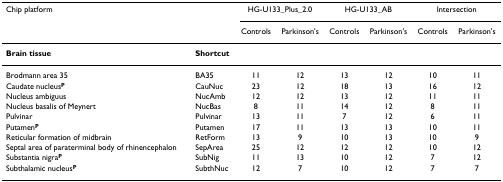
| <COLSPAN=2> Chip platform | <COLSPAN=2> HG-U133_Plus_2.0 | <COLSPAN=2> HG-U133_AB | <COLSPAN=2> Intersection |
 |  |  | Controls | Parkinson's | Controls | Parkinson's | Controls | Parkinson's |
 | --- | --- | --- | --- | --- | --- | --- | --- |
 | Brain tissue | Shortcut |  |  |  |  |  |  |
 | Brodmann area 35 | BA35 | 11 | 12 | 13 | 12 | 10 | 11 |
 | Caudate nucleusP | CauNuc | 23 | 12 | 18 | 13 | 16 | 12 |
 | Nucleus ambiguus | NucAmb | 12 | 12 | 13 | 12 | 11 | 11 |
 | Nucleus basalis of Meynert | NucBas | 8 | 11 | 14 | 12 | 8 | 11 |
 | Pulvinar | Pulvinar | 13 | 11 | 7 | 12 | 6 | 11 |
 | PutamenP | Putamen | 17 | 11 | 13 | 13 | 10 | 11 |
 | Reticular formation of midbrain | RetForm | 13 | 9 | 10 | 13 | 10 | 9 |
 | Septal area of paraterminal body of rhinencephalon | SepArea | 25 | 12 | 12 | 12 | 10 | 12 |
 | Substantia nigraP | SubNig | 11 | 13 | 10 | 12 | 7 | 12 |
 | Subthalamic nucleusP | SubthNuc | 12 | 7 | 10 | 12 | 7 | 7 |